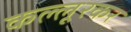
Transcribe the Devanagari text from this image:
कल्लूरकर